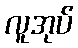
လူအုပ်